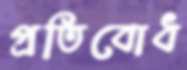
প্রতিবোধ